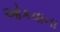
ઓકવાના